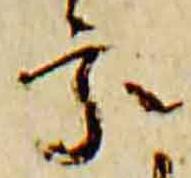
家